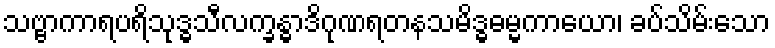
သဗ္ဗာကာရပရိသုဒ္ဓသီလက္ခန္ဓာဒိဂုဏရတနသမိဒ္ဓဓမ္မကာယော၊ ခပ်သိမ်းသော